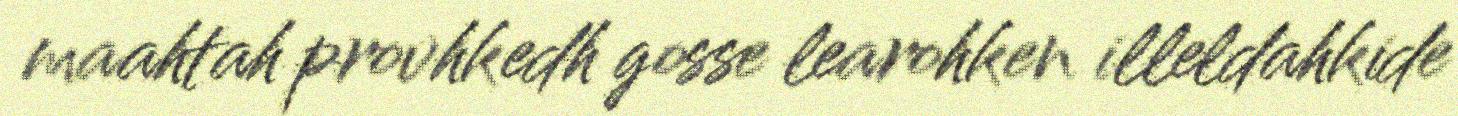
maahtah provhkedh gosse learohken illeldahkide